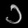
Digit: ၁